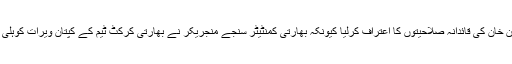
بھارت نے پاکستانی کرکٹ ٹیم کے سابق کپتان عمران خان کی قائدانہ صلاحیتوں کا اعتراف کرلیا کیونکہ بھارتی کمنٹیٹر سنجے منجریکر نے بھارتی کرکٹ ٹیم کے کپتان ویرات کوہلی کوعمران خان کے نقش قدم پرچلنے کامشورہ دیاہے ۔